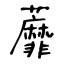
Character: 蘼